Indian journal of veterinary science and animal husbandry - Volumes 22-23, 1952-1953
Year: 1952
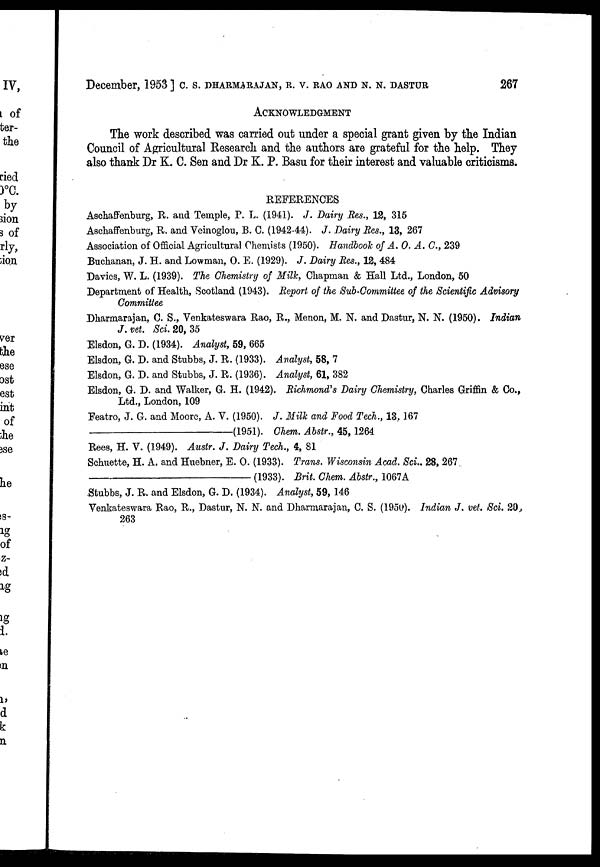
December, 1953] C. S. DHARMARAJAN, R. V. RAO AND N. N. DASTUR 267
ACKNOWLEDGMENT
The work described was carried out under a special grant given by the Indian
Council of Agricultural Research and the authors are grateful for the help. They
also thank Dr K. C. Sen and Dr K. P. Basu for their interest and valuable criticisms.
REFERENCES
Aschaffenburg, R. and Temple, P. L. (1941). J. Dairy Res., 12, 315
Aschaffenburg, R. and Veinoglou, B. C. (1942-44). J. Dairy Res., 13, 267
Association of Official Agricultural Chemists (1950). Handbook of A. O. A. C., 239
Buchanan, J. H. and Lowman, O. E. (1929). J. Dairy Res., 12, 484
Davies, W. L. (1939). The Chemistry of Milk, Chapman & Hall Ltd., London, 50
Department of Health, Scotland (1943). Report of the Sub-Committee of the Scientific Advisory
Committee
Dharmarajan, C. S., Venkateswara Rao, R., Menon, M. N. and Dastur, N. N. (1950). Indian
J. vet. Sci. 20, 35
Elsdon, G. D. (1934). Analyst, 59, 665
Elsdon, G. D. and Stubbs, J. R. (1933). Analyst, 58, 7
Elsdon, G. D. and Stubbs, J. R. (1936). Analyst, 61, 382
Elsdon, G. D. and Walker, G. H. (1942). Richmond's Dairy Chemistry, Charles Griffin & Co.,
Ltd., London, 109
Featro, J. G. and Moore, A. V. (1950). J. Milk and Food Tech., 13, 167
—(1951).
Chem. Abstr., 45, 1264
Rees, H. V. (1949). Austr. J. Dairy Tech., 4, 81
Schuette, H. A. and Huebner, E. O. (1933). Trans. Wisconsin Acad. Sci. 28, 267
—(1933).
Brit. Chem. Abstr., 1067A
Stubbs, J. R. and Elsdon, G. D. (1934). Analyst, 59, 146
Venkateswara Rao, R., Dastur, N. N. and Dharmarajan, C. S. (1950). Indian J. vet. Sci. 20,
263